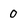
Character: 0